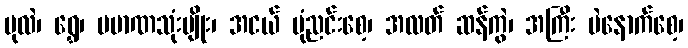
ပုလဲ၊ ရွှေ၊ ပမာဏသုံးမျိုး၊ အငယ် မုံညင်းစေ့၊ အလတ် ဆန်ကွဲ၊ အကြီး ပဲနောက်စေ့၊